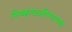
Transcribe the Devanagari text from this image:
निष्काळजीपणाच्या